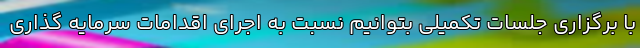
با برگزاری جلسات تکمیلی بتوانیم نسبت به اجرای اقدامات سرمایه گذاری